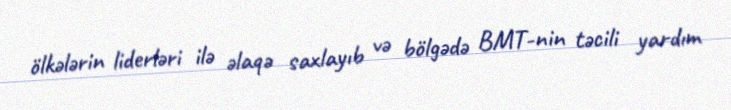
ölkələrin liderləri ilə əlaqə saxlayıb və bölgədə BMT-nin təcili yardım